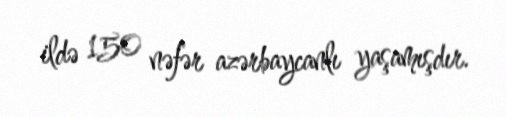
ildə 150 nəfər azərbaycanlı yaşamışdır.